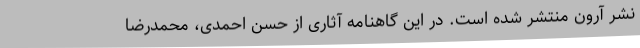
نشر آرون منتشر شده است. در این گاهنامه آثاری از حسن احمدی، محمدرضا